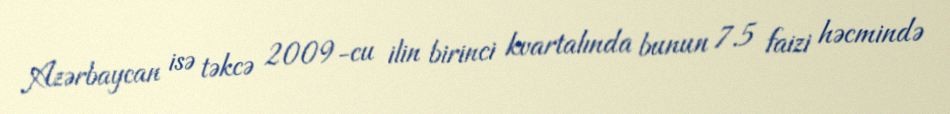
Azərbaycan isə təkcə 2009-cu ilin birinci kvartalında bunun 7.5 faizi həcmində